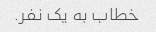
خطاب به یک نفر.